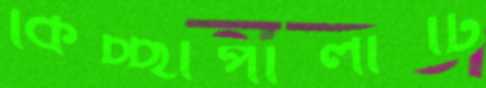
কিচ্ছাপালাটি